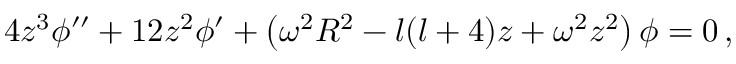
4 z ^ { 3 } \phi ^ { \prime \prime } + 1 2 z ^ { 2 } \phi ^ { \prime } + \left( \omega ^ { 2 } R ^ { 2 } - l ( l + 4 ) z + \omega ^ { 2 } z ^ { 2 } \right) \phi = 0 \, ,